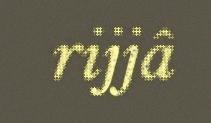
rijjâ